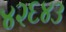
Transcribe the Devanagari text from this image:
४२६४३